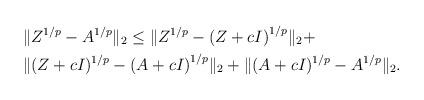
LaTeX: \begin{align*}\begin{aligned}&\|Z^{1/p}-{A}^{1/p}\|_2\leq \|{Z}^{1/p}-{(Z+cI)}^{1/p}\|_2+\\&\|({Z+cI})^{1/p}-{(A+cI)}^{1/p}\|_2+\|({A+cI})^{1/p}-{A}^{1/p}\|_2.\end{aligned}\end{align*}